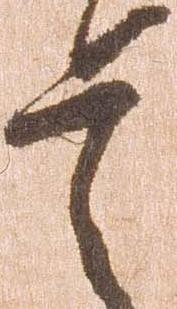
兵